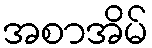
အစာအိမ်